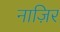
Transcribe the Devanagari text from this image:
नाज़िर